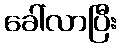
ခေါ်လာပြီး